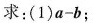
求：(1)$$a - b$$；